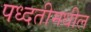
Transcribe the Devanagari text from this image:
पध्दतीमधील